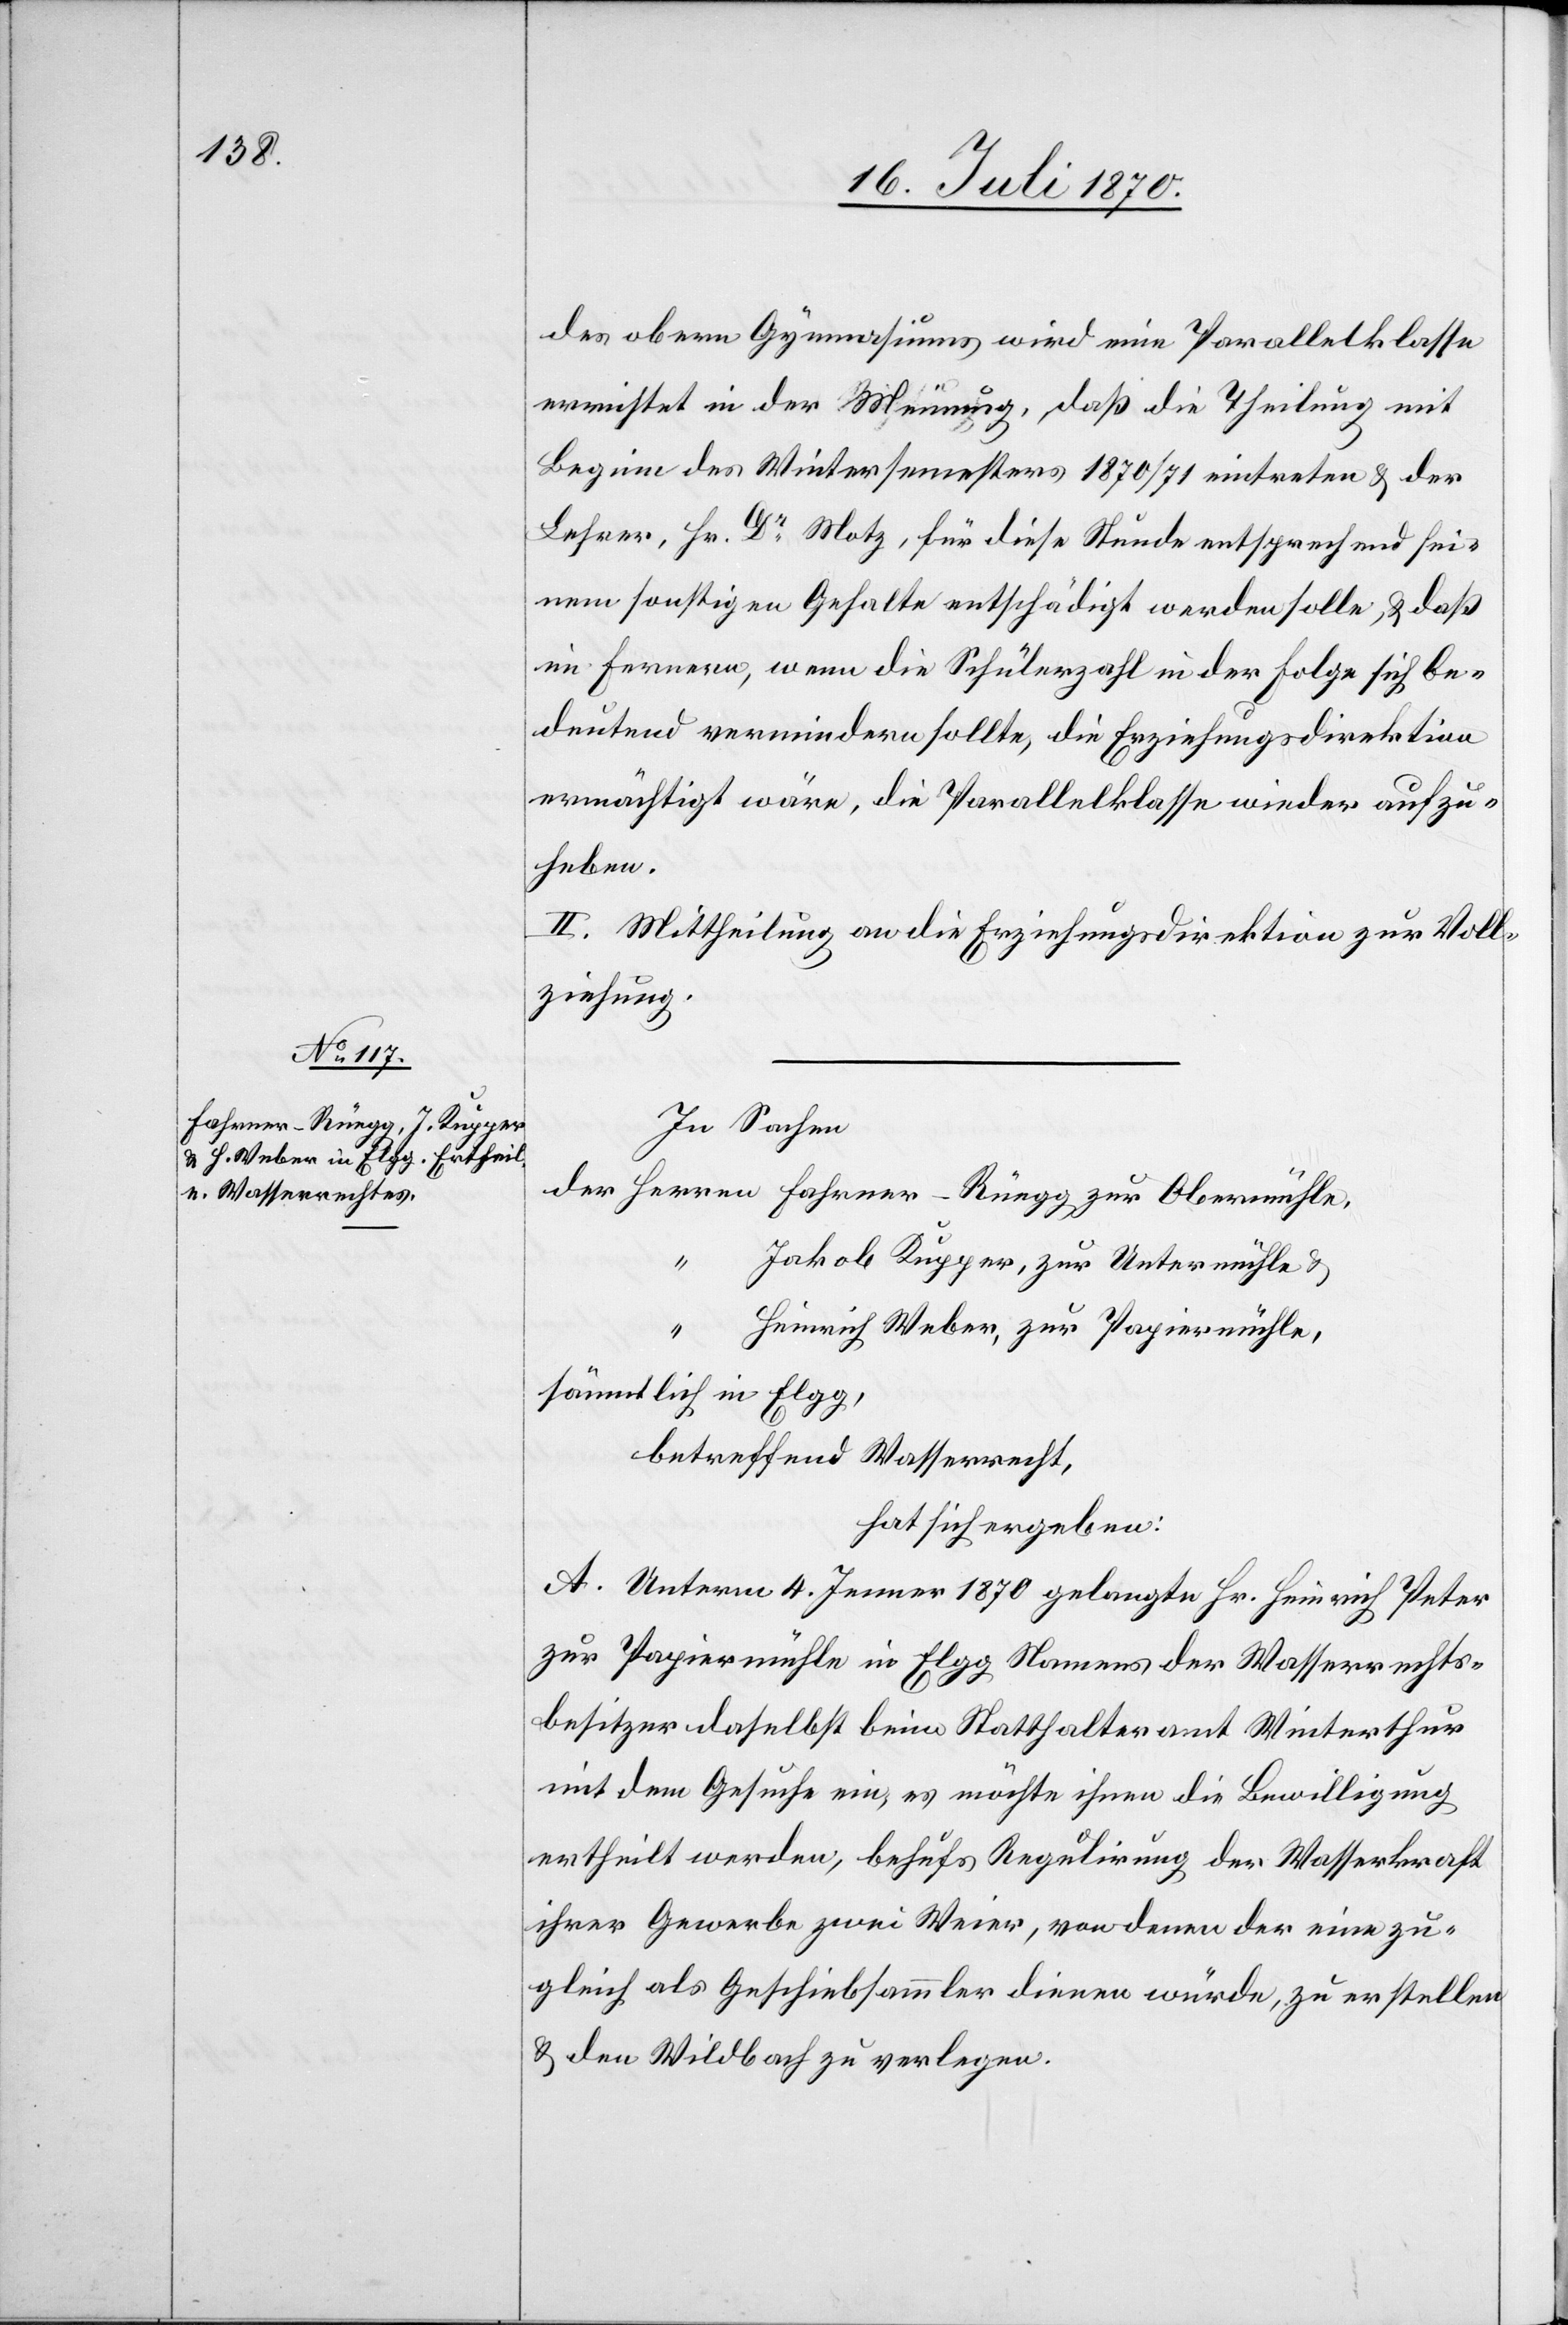
des obern Gymnasiums wird eine Parallelklasse
errichtet in der Meinung, daß die Theilung mit
Beginn des Wintersemesters 1870/71 eintreten & der
Lehrer, Hr. Dr Motz, für diese Stunde entsprechend sei¬
nem sonstigen Gehalte entschädigt werden solle, & daß
im Fernern, wenn die Schülerzahl in der Folge sich be¬
deutend vermindern sollte, die Erziehungsdirektion
ermächtigt wäre, die Parallelklasse wieder aufzu¬
heben.
II. Mittheilung an die Erziehungsdirektion zur Voll¬
ziehung.
In Sachen
der Herren Fahrner-Rüegg zur Obermühle,
Jakob Kupper, zur Untermühle &
Heinrich Weber, zur Papiermühle,
sämmtlich in Elgg,
betreffend Wasserrecht,
hat sich ergeben:
A. Unterm 4. Jenner 1870 gelangte Hr. Heinrich Peter
zur Papiermühle in Elgg Namens der Wasserrechts¬
besitzer daselbst beim Statthalteramt Winterthur
mit dem Gesuche ein, es möchte ihnen die Bewilligung
ertheilt werden, behufs Regulirung der Wasserkraft
ihrer Gewerbe zwei Weier, von denen der eine zu¬
gleich als Geschiebesammler dienen würde, zu erstellen
& den Wildbach zu verlegen.